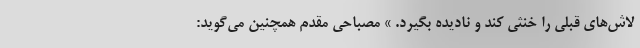
لاش‌های قبلی را خنثی کند و نادیده بگیرد. » مصباحی مقدم همچنین می‌گوید: